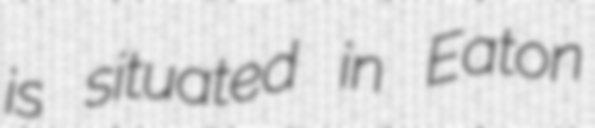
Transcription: is situated in Eaton